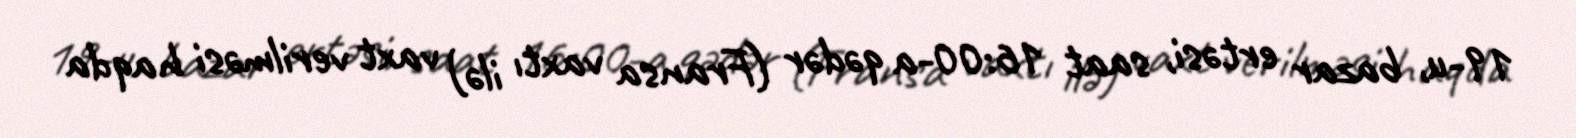
19-u, bazar ertəsi, saat 16:00-a qədər (Fransa vaxtı ilə) vaxt verilməsi haqda